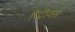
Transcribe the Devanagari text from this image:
रिट्रीवर्स